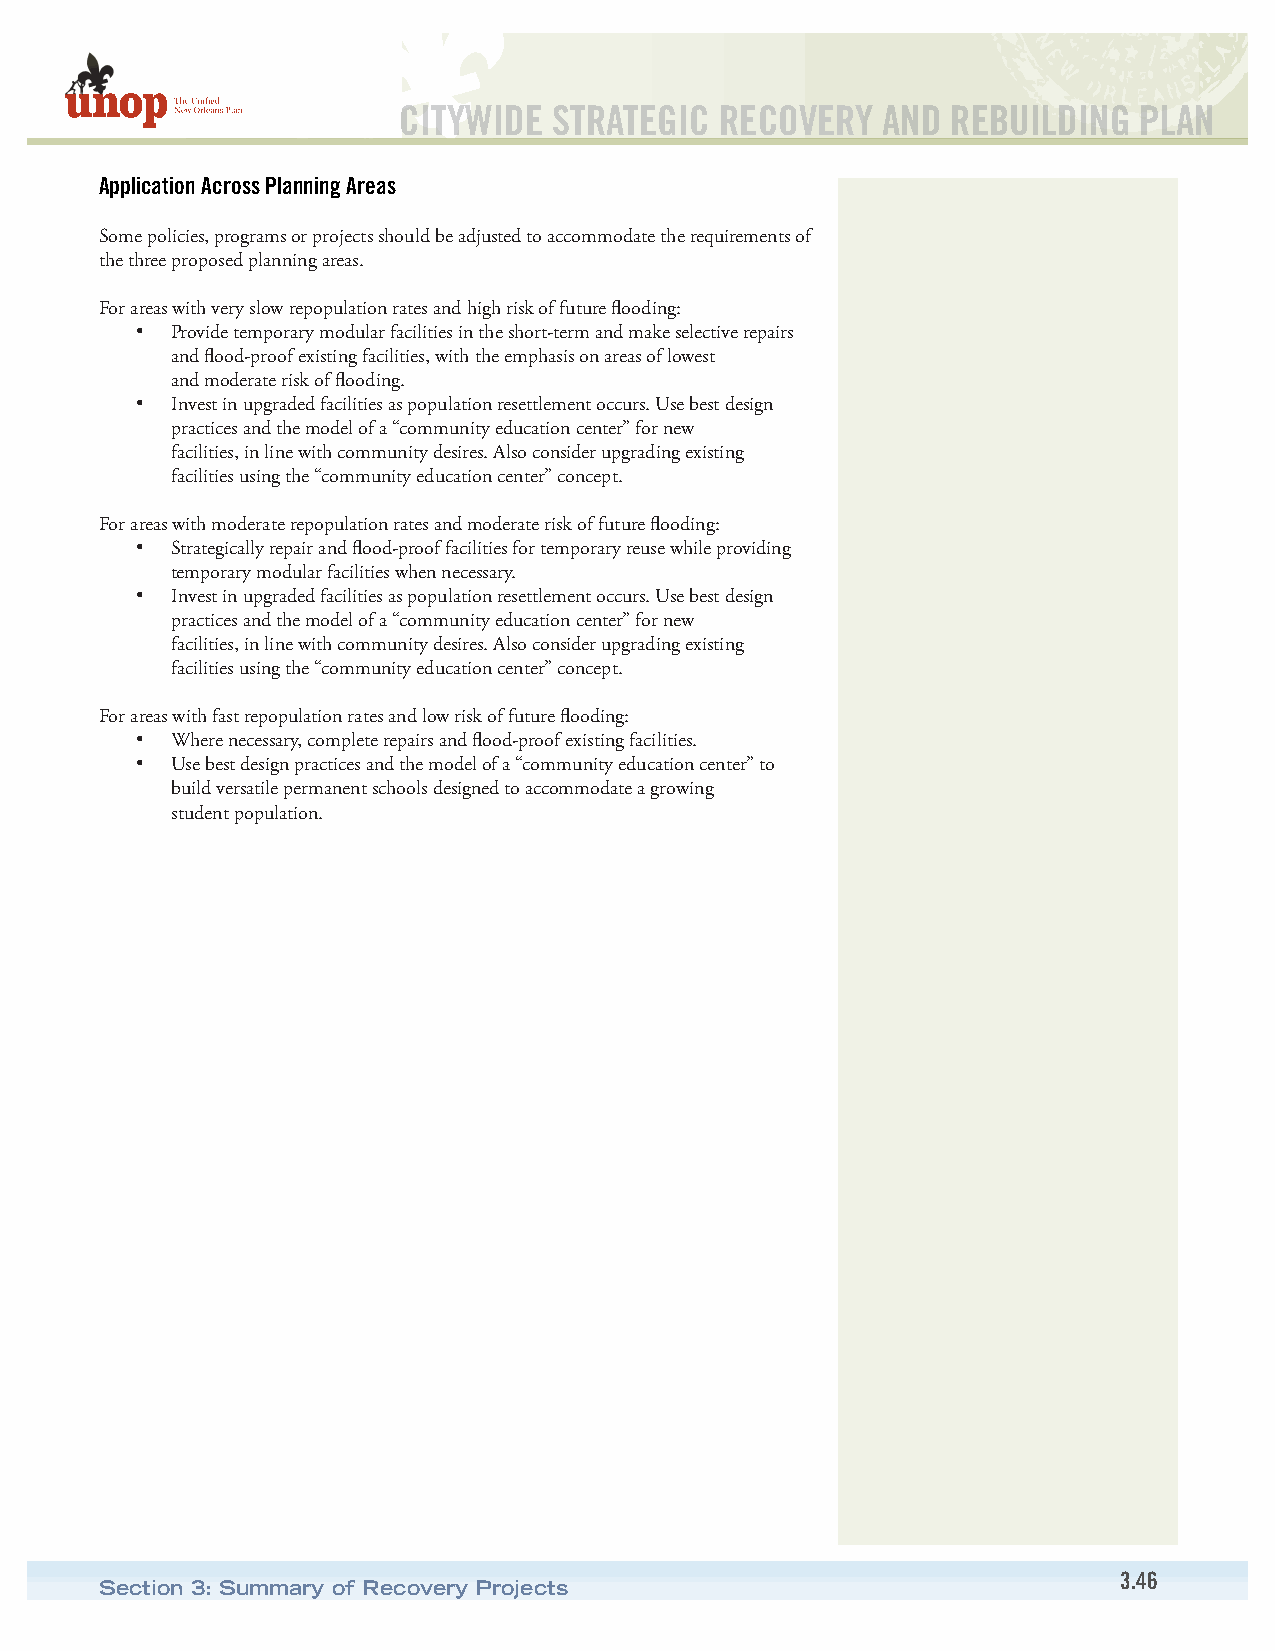
CITYWIDE   STRATEGIC  RECOVERY  AND  REBUILDING  PLAN
 Application Across Planning Areas
 Some policies, programs or projects should be adjusted to accommodate the requirements of
 the three proposed planning areas.
 For areas with very slow repopulation rates and high risk of future flooding:
 • Provide temporary modular facilities in the short-term and make selective repairs
 and flood-proof existing facilities, with the emphasis on areas of lowest
 and moderate risk of flooding.
 • Invest in upgraded facilities as population resettlement occurs. Use best design
 practices and the model of a “community education center” for new
 facilities, in line with community desires. Also consider upgrading existing
 facilities using the “community education center” concept.
 For areas with moderate repopulation rates and moderate risk of future flooding:
 • Strategically repair and flood-proof facilities for temporary reuse while providing
 temporary modular facilities when necessary.
 • Invest in upgraded facilities as population resettlement occurs. Use best design
 practices and the model of a “community education center” for new
 facilities, in line with community desires. Also consider upgrading existing
 facilities using the “community education center” concept.
 For areas with fast repopulation rates and low risk of future flooding:
 • Where necessary, complete repairs and flood-proof existing facilities.
 • Use best design practices and the model of a “community education center” to
 build versatile permanent schools designed to accommodate a growing
 student population.
 3.46
 Section 3: Summary of Recovery Projects